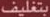
بتغليف